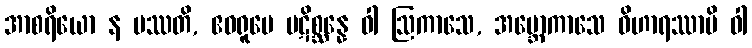
အာစရိယော န ပဿတိ, ဧဝရူပေ ပဋိစ္ဆန္နေ ဝါ ဩကာသေ, အဗ္ဘောကာသေ ဝိဟာရဿာပိ ဝါ